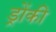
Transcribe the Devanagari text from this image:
ड्रोंकी